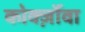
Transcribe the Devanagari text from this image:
कोर्क्ज़ोवा